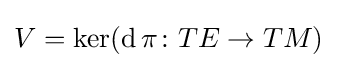
V=\ker(\operatorname {d} \pi \colon TE\to TM)